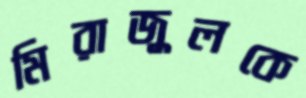
মিরাজুলকে